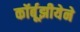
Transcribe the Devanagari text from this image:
कॉर्बूझीयेने